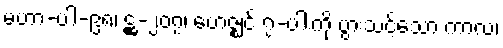
မဟာ-ပါ-၉၈၊ ဋ္ဌ-၂၀၇၊ ဗောဇ္ဈင် ၇-ပါးကို ပွားသင့်သော ကာလ၊